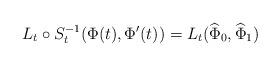
LaTeX: \begin{align*}L_t\circ S_t^{-1}(\Phi(t),\Phi'(t))= L_t(\widehat{\Phi}_0,\widehat{\Phi}_1)\end{align*}